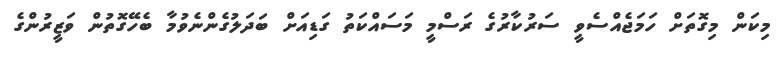
މިކަން މިގޮތަށް ހަމަޖެއްސެވީ ސަރުކާރުގެ ރަސްމީ މަސައްކަތު ގަޑިއަށް ބަދަލުގެންނެވުމާ ބެހޭގޮތުން ވަޒީރުންގެ